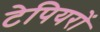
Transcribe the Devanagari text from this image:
टेपियरों